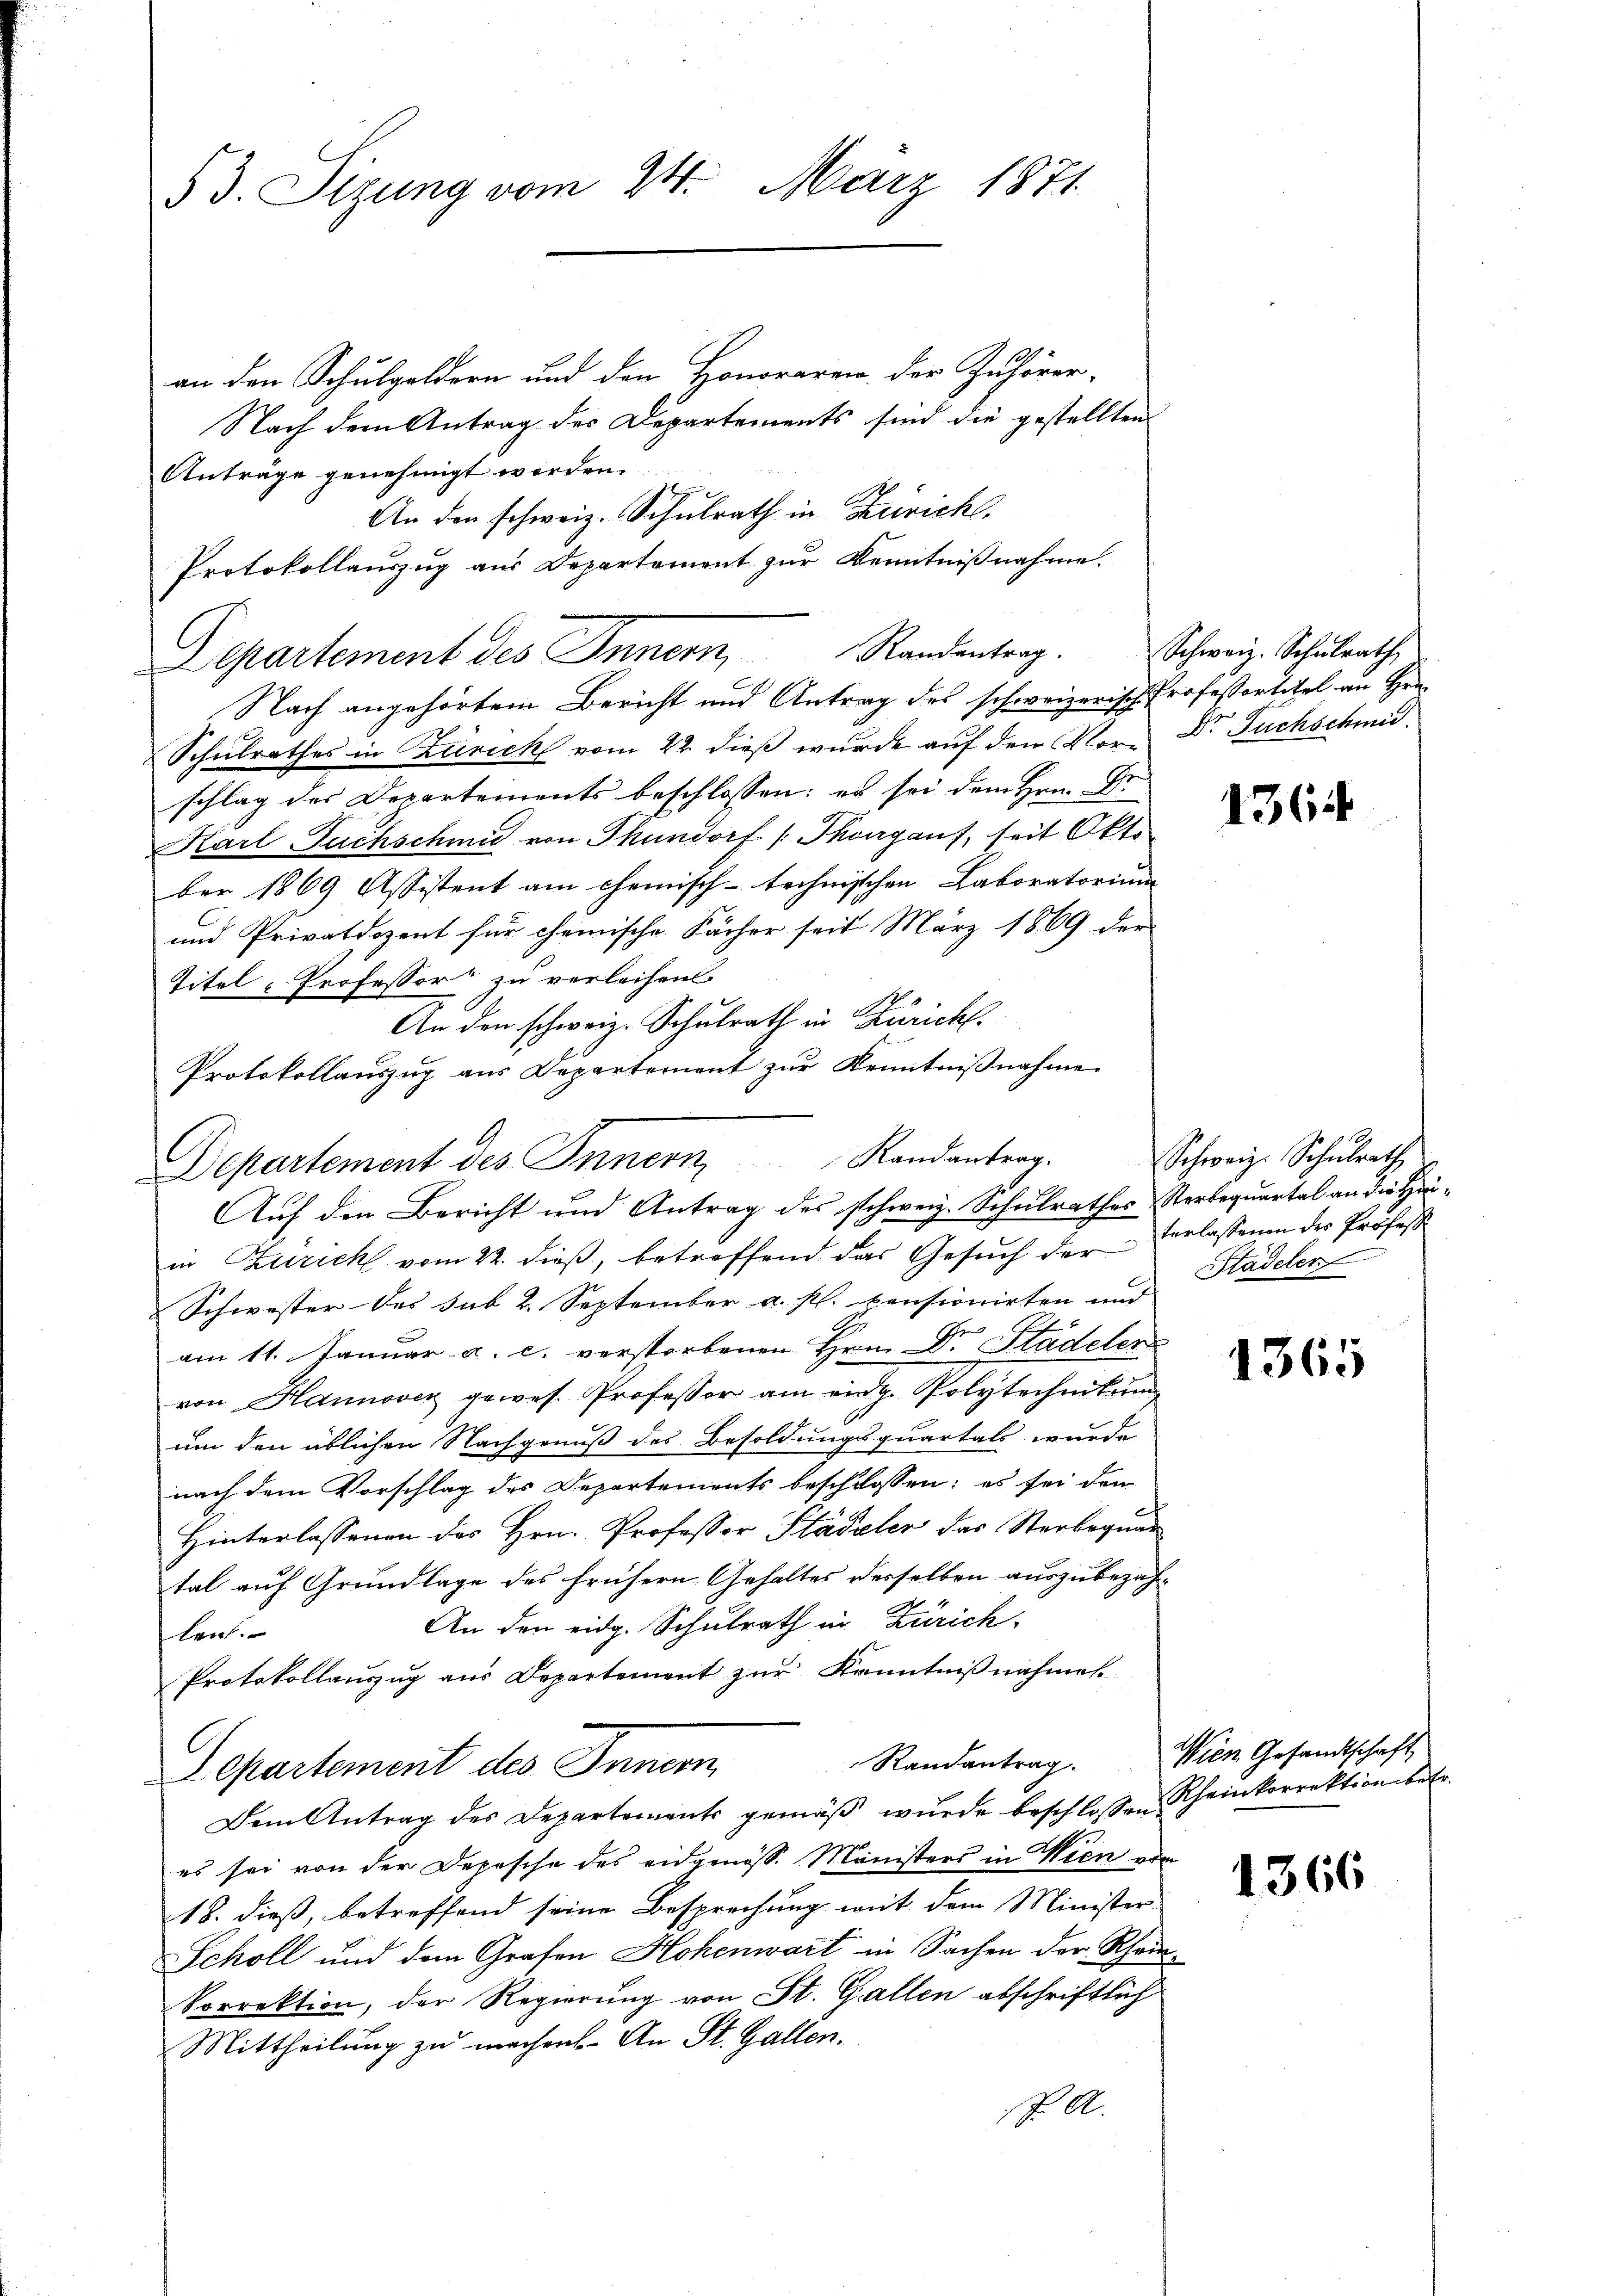
53. Sizung vom 24. März 1871

an den Schulgeldern und den Honoraren der Zuhörer-
Nach dem Antrag des Departements sind die gestellten
Anträge genehmigt werden.
An den schweiz. Schulrath in Zürich.
Protokollauszug aus Departement zur Kenntnißnahme.
Departement des Innern,
Nach angehörtem Bericht und Antrag des schweizerisch Professortitel an Hrn.
Schulrathes in Zürich vom 22. dieß wurde auf den Vor- Dr. Fuchschmid
schlag des Departements beschlossen: es sei dem Hrn. Dr
Karl Fuchschmid von Thundorf [Thoegauf, seit Okt.
ber 1869 Assistent am Chemisch-technischen Laboratorium
und Privatdozent für chemische Fächer seit März 1869 der
Titel - Professor zu verleihen.
An den schweiz. Schulrath in Züricht.
Protokollaŭszŭg aŭs Departement zŭr Kenntniβnahme
in Zürich vom 22. dieß, betreffend das Gesŭch der Verlassenen der Profess
Schwester des sub 2. September a. p. pensionirten und
am 11. Januar a. c. verstorbenen Hrn. Dr. Stadeler
von Hannover gewes. Professor am eidg. Polytechnitŭm
um den üblichen Nachgenuß des Besoldungsquartals wurde
nach dem Vorschlag des Departements beschlossen; es sei den
Hinterlassenen des Hrn. Professor Städeler das Sterbequar
tal auf Grundlage des frühern Gehaltes desselben auszubezah¬
An den eidg. Schulrath in Zürich
lent.
Protokollauszug aus Departement zur Kenntnißnahmen
Randantrag.
Separtement des Innern
Dem Antrag des Departements gemäß wurde beschlossen:
es sei von der Depesche des eidgenöss. Ministers in Wien vor
18. dieß, betreffend seine Besprechung mit dem Minister
Scholl und dem Grafen Hohenwart in Sachen der Rhei¬
Vorrektion, der Regierung von St. Gallen abschriftlich
Mittheilung zu machen. An St. Gallen.
S. M.

Randantrag.

Departement des Innern, Randantrag. Schweiz. Schulrath
Auf den Bericht und Antrag des schweiz. Schulrathes Sterbequartal an die Hin¬

Schweiz. Schulrath

1564

Städelen

1365

Wien Gesandtschaft,
Rheinkorrektion betr.

1366